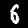
Digit: 6